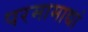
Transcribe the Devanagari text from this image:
परमामाद्यां